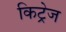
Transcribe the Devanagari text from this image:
किट्रेज